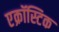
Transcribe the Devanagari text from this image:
एक्रॉस्टिक